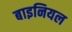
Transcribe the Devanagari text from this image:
बाइनियल